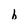
Character: h